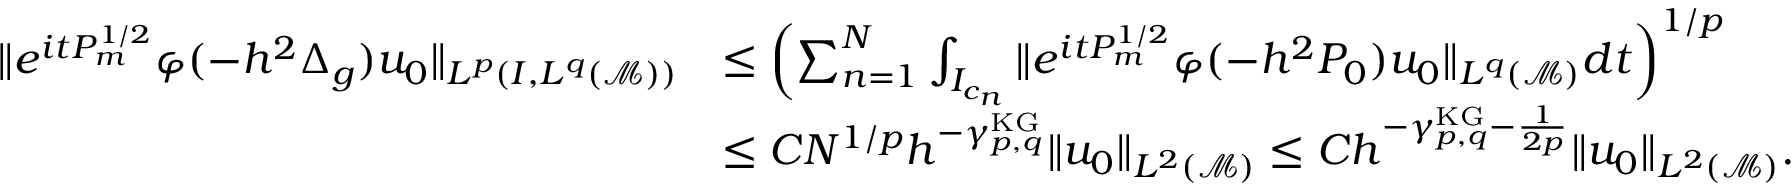
\begin{array} { r l } { \| e ^ { i t P _ { m } ^ { 1 / 2 } } \varphi ( - h ^ { 2 } \Delta _ { g } ) u _ { 0 } \| _ { L ^ { p } ( I , L ^ { q } ( \mathcal { M } ) ) } } & { \leq \left( \sum _ { n = 1 } ^ { N } \int _ { I _ { c _ { n } } } \| e ^ { i t P _ { m } ^ { 1 / 2 } } \varphi ( - h ^ { 2 } P _ { 0 } ) u _ { 0 } \| _ { L ^ { q } ( \mathcal { M } ) } d t \right) ^ { 1 / p } } \\ & { \leq C N ^ { 1 / p } h ^ { - \gamma _ { p , q } ^ { \mathrm { K G } } } \| u _ { 0 } \| _ { L ^ { 2 } ( \mathcal { M } ) } \leq C h ^ { - \gamma _ { p , q } ^ { \mathrm { K G } } - \frac { 1 } { 2 p } } \| u _ { 0 } \| _ { L ^ { 2 } ( \mathcal { M } ) } . } \end{array}